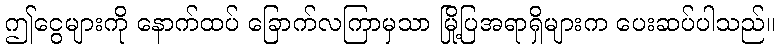
ဤငွေများကို နောက်ထပ် ခြောက်လကြာမှသာ မြို့ပြအရာရှိများက ပေးဆပ်ပါသည်။